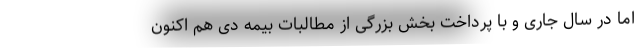
اما در سال جاری و با پرداخت بخش بزرگی از مطالبات بیمه دی هم اکنون